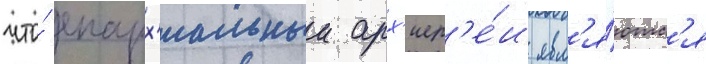
что́ епарх'иальныи арх'иер'е́и явл'я́ютс'я